Report on vaccination North-West Frontier Province 1904-1922 - 1904-1922
Year: 1904
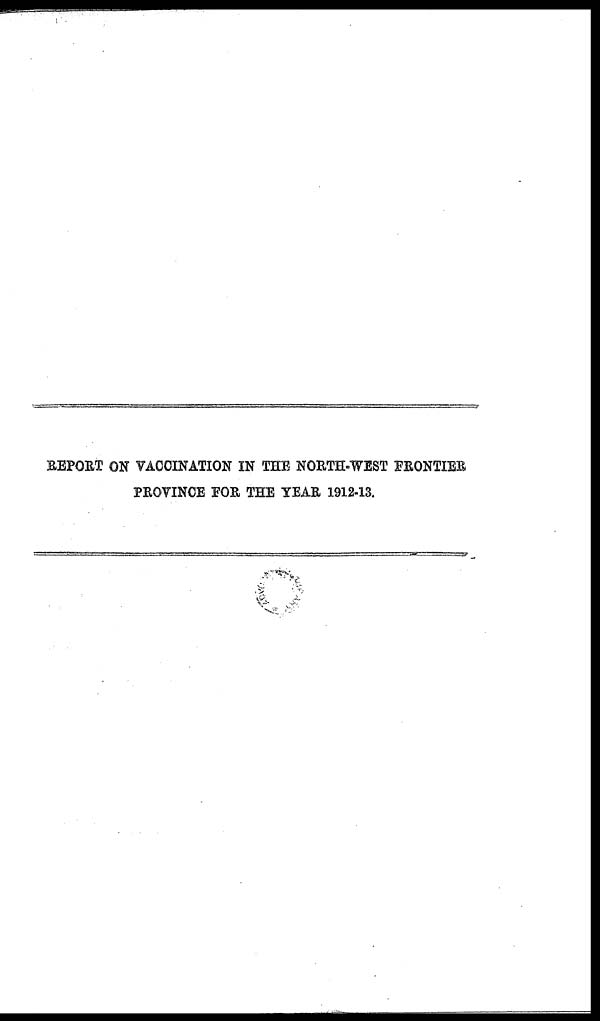
REPORT ON VACCINATION IN THE NORTH-WEST FRONTIER
PROVINCE FOR THE YEAR 1912-13.